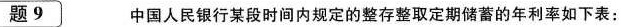
题9 中国人民银行某段时间内规定的整存整取定期储蓄的年利率如下表：